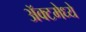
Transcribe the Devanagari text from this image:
ॲक्टमेध्ये